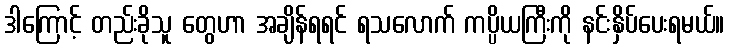
ဒါကြောင့် တည်းခိုသူ တွေဟာ အချိန်ရရင် ရသလောက် ကပ္ပိယကြီးကို နင်းနှိပ်ပေးရမယ်။